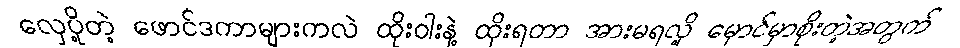
လှေပို့တဲ့ ဖောင်ဒကာများကလဲ ထိုးဝါးနဲ့ ထိုးရတာ အားမရလို့ မှောင်မှာစိုးတဲ့အတွက်